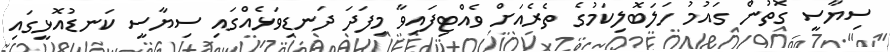
ސިޔާސީ ގޮތުން ގައުމު ހަލަބޮލިކަމުގެ ތެރެއަށް ވެއްޓިފައިވާ މިފަދަ ދަނޑިވަޅެއްގައި ސިޔާސީ ކަނޑުއޮޅީގައި